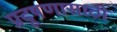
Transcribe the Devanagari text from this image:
प्रदूषणासाठी